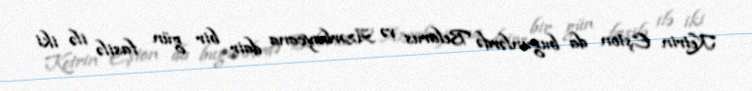
Ketrin Eşton da bugünlərdə Belarus və Azərbaycana dair bir gün fasilə ilə iki